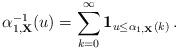
LaTeX: \begin{align*} \alpha_{1,{\bf X}}^{-1}(u)=\sum_{k=0}^\infty {\bf 1}_{u \leq \alpha_{1,{\bf X}}(k)} \, .\end{align*}